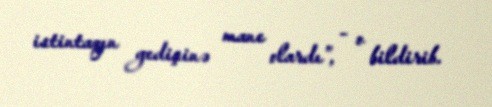
istintaqın gedişinə mane olardı”, - o bildirib.